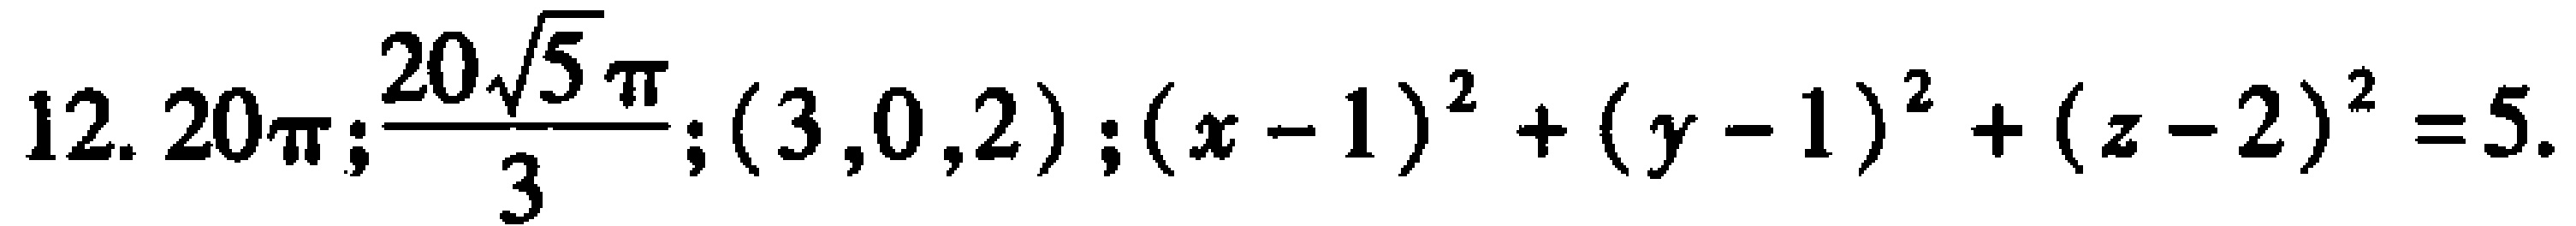
$12. 20\pi;\frac{20\sqrt{5}\pi}{3};(3,0,2);(x - 1)^2+(y - 1)^2+(z - 2)^2 = 5.$